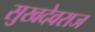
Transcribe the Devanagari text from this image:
सुखदेवराज